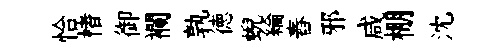
恰楮御襴孰徳蜺綸舂邪咸棚沈